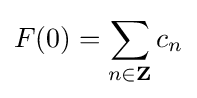
F(0)=\sum _{n\in \mathbf {Z} }c_{n}